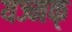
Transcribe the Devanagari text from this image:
यज्मक्